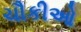
ચૌકીઓ